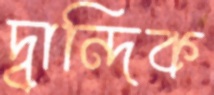
দ্বান্দিক